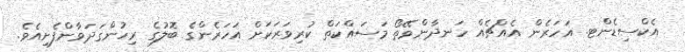
އެކްސިޑެންޓ. އަހަރެން އެއްޗެއް ހަނދާންވޭތޯ މަސައްކަތް ކުރިވަރަކަށް އަހަރެންގެ ބޮލުގެ ރިހުންގަދަވާންފެށިއެވެ.